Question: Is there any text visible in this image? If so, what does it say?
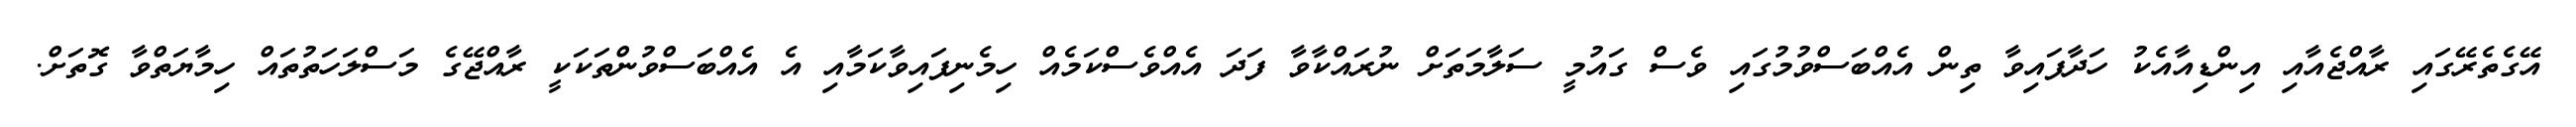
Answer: އޭގެތެރޭގައި ރާއްޖެއާއި އިންޑިއާއެކު ހަދާފައިވާ ތިން އެއްބަސްވުމުގައި ވެސް ގައުމީ ސަލާމަތަށް ނުރައްކާވާ ފަދަ އެއްވެސްކަމެއް ހިމެނިފައިވާކަމާއި އެ އެއްބަސްވުންތަކަކީ ރާއްޖޭގެ މަސްލަހަތުތައް ހިމާޔަތްވާ ގޮތަށް.